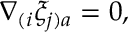
\nabla _ { ( i } \xi _ { j ) a } = 0 ,